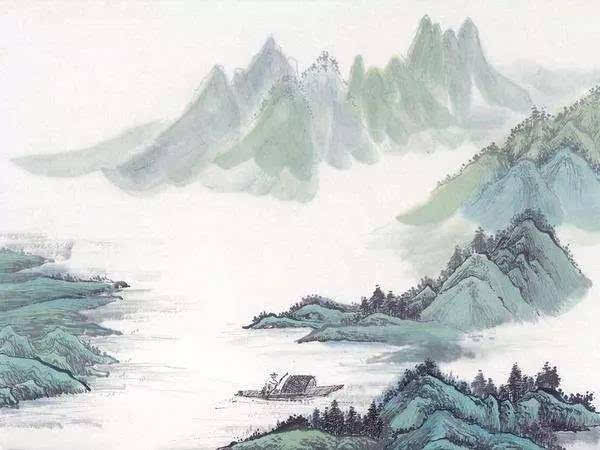
楚乡飞鸟没，独与碧云还。